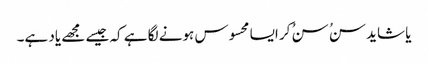
یا شاید سنُ سنُ کر ایسا محسوس ہونے لگا ہے کہ جیسے مجھے یاد ہے۔